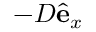
- D \hat { \mathbf { e } } _ { x }